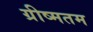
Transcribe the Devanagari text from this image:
ग्रीष्मतम